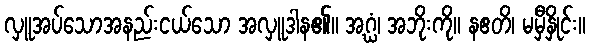
လှူအပ်သောအနည်းငယ်သော အလှူဒါန၏။ အဂ္ဃံ၊ အဘိုးကို။ နဧတိ၊ မမှီနှိုင်း။